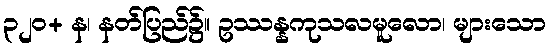
၃၂၀+ န၊ နတ်ပြည်၌။ ဥဿန္နကုသလမူလော၊ များသော